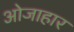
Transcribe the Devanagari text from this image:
ओजाहार